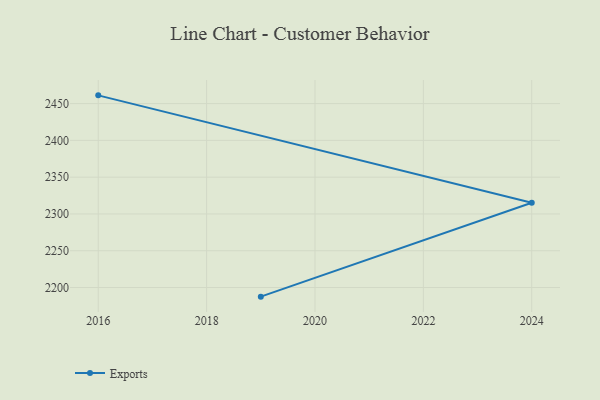
{"axis": {"x": "Year", "y": "Latency (ms)"}, "legend": ["Exports"], "data": [{"x": "2019", "y": 2187.6, "type": "Exports"}, {"x": "2024", "y": 2315.2, "type": "Exports"}, {"x": "2016", "y": 2461.2, "type": "Exports"}]}